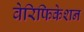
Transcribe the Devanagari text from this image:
वेरिफिकेशन